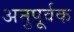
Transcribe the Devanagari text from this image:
अनुपूर्वक